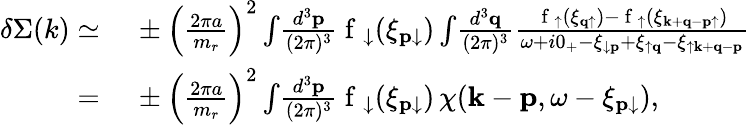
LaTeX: \begin{array}{rl}{\delta\Sigma(k)\simeq}&{{}\, \pm\left(\frac{2\pi a}{m_{r}}\right)^{2}\int\! \frac{d^{3}\mathbf{p}}{(2\pi)^{3}}\mathrm{~f~}_{\downarrow}(\xi_{\mathbf{p}\downarrow})\int\! \frac{d^{3}\mathbf{q}}{(2\pi)^{3}}\frac{\mathrm{~f~}_{\uparrow}(\xi_{\mathbf{q}\uparrow})-\mathrm{~f~}_{\uparrow}(\xi_{\mathbf{k}+\mathbf{q}-\mathbf{p}\uparrow})}{\omega+i0_{+}-\xi_{\downarrow\mathbf{p}}+\xi_{\uparrow\mathbf{q}}-\xi_{\uparrow\mathbf{k}+\mathbf{q}-\mathbf{p}}}}\\ {=}&{{}\, \pm\left(\frac{2\pi a}{m_{r}}\right)^{2}\int\! \frac{d^{3}\mathbf{p}}{(2\pi)^{3}}\mathrm{~f~}_{\downarrow}(\xi_{\mathbf{p}\downarrow})\, \chi(\mathbf{k}-\mathbf{p},\omega-\xi_{\mathbf{p}\downarrow}),}\end{array}